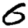
Digit: 6